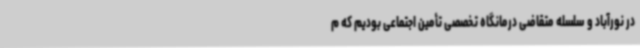
در نورآباد و سلسله متقاضی درمانگاه تخصصی تأمین اجتماعی بودیم که م